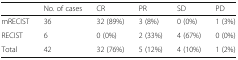
<table><thead><tr><td></td><td><b>No. of cases</b></td><td><b>CR</b></td><td><b>PR</b></td><td><b>SD</b></td><td><b>PD</b></td></tr></thead><tbody><tr><td>mRECIST</td><td>36</td><td>32 (89%)</td><td>3 (8%)</td><td>0 (0%)</td><td>1 (3%)</td></tr><tr><td>RECIST</td><td>6</td><td>0 (0%)</td><td>2 (33%)</td><td>4 (67%)</td><td>0 (0%)</td></tr><tr><td>Total</td><td>42</td><td>32 (76%)</td><td>5 (12%)</td><td>4 (10%)</td><td>1 (2%)</td></tr></tbody></table>